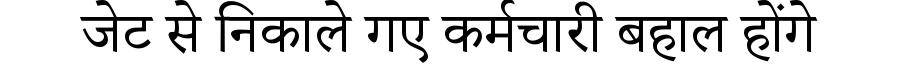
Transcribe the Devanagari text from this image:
जेट से निकाले गए कर्मचारी बहाल होंगे